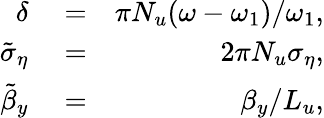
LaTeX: \begin{array}{rlr}{\delta}&{{}=}&{\pi N_{u}(\omega-\omega_{1})/\omega_{1},}\\ {\tilde{\sigma}_{\eta}}&{{}=}&{2\pi N_{u}\sigma_{\eta},}\\ {\tilde{\beta}_{y}}&{{}=}&{\beta_{y}/L_{u},}\end{array}